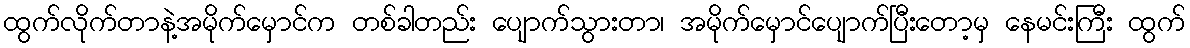
ထွက်လိုက်တာနဲ့အမိုက်မှောင်က တစ်ခါတည်း ပျောက်သွားတာ၊ အမိုက်မှောင်ပျောက်ပြီးတော့မှ နေမင်းကြီး ထွက်